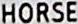
HORSE